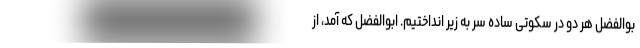
بوالفضل هر دو در سکوتی ساده سر به زیر انداختیم. ابوالفضل که آمد، از